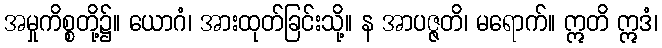
အမှုကိစ္စတို့၌။ ယောဂံ၊ အားထုတ်ခြင်းသို့။ န အာပဇ္ဇတိ၊ မရောက်။ ဣတိ ဣဒံ၊